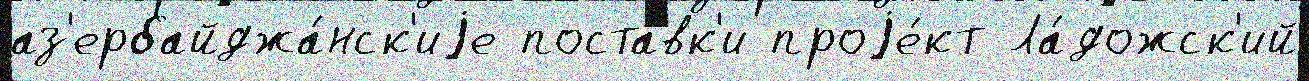
аз'ербайджа́нск'иjе поста́вк'и проjе́кт Ла́дожск'ий